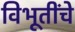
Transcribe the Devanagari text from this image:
विभूतींचे